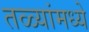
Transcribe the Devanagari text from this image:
तळ्यांमध्ये